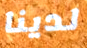
لدينا